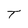
Character: T